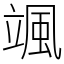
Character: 颯